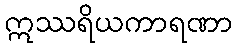
ဣဿရိယကာရဏာ